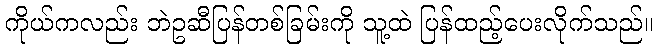
ကိုယ်ကလည်း ဘဲဥဆီပြန်တစ်ခြမ်းကို သူ့ထဲ ပြန်ထည့်ပေးလိုက်သည်။